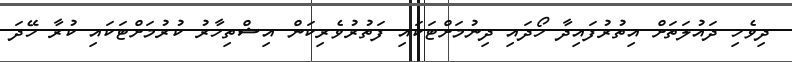
ދިވެހި ދައުލަތަށް އިތުރުފައިދާ ހޯދައި ދިނުމަށްޓަކައި ފަތުރުވެރިކަން އިޝްތިހާރު ކުރުމަށްޓަކައި ކުރާ ހޭދަ